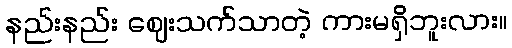
နည်းနည်း ဈေးသက်သာတဲ့ ကားမရှိဘူးလား။